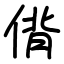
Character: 偝